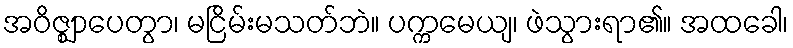
အဝိဇ္ဈာပေတွာ၊ မငြိမ်းမသတ်ဘဲ။ ပက္ကမေယျ၊ ဖဲသွားရာ၏။ အထခေါ၊